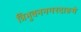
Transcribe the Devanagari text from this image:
त्रिभुवननगरदाङमे